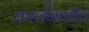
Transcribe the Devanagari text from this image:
कालमापीत